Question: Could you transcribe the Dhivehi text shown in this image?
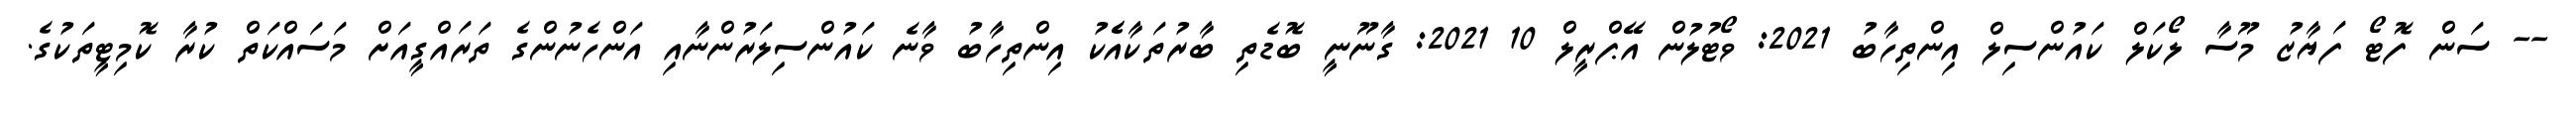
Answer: -- ސަން ފޮޓޯ ފަޔާޒު މޫސާ ލޯކަލް ކައުންސިލް އިންތިހާބު 2021: ވޯޓުލުން އޭޕްރީލް 10 2021: ގާނޫނީ ބޮޑެތި ބާރުތަކާއެެކު އިންތިހާބު ވާނެ ކައުންސިލަރުންނާއި އަންހެނުންގެ ތަރައްގީއަށް މަސައްކަތް ކުރާ ކޮމިޓީތަކުގެ.